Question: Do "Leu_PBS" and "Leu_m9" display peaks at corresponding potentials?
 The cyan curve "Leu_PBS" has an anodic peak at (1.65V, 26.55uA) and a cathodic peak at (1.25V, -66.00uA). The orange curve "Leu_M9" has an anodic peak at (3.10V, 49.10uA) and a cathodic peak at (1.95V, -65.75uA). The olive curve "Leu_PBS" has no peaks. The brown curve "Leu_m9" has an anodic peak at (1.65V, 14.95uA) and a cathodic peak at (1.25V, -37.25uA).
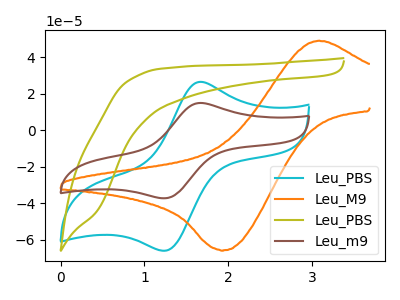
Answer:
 <answer>Yes, "Leu_PBS" have a peak in "Leu_m9" at the same potential.</answer>
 <eval>match</eval>